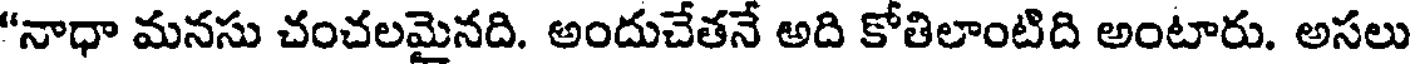
"నాధా మనసు చంచలమైనది. అందుచేతనే అది కోతిలాంటిది అంటారు. అసలు